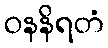
ဝနနိရတံ